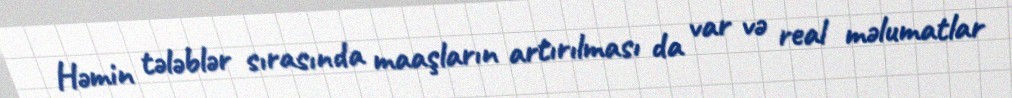
Həmin tələblər sırasında maaşların artırılması da var və real məlumatlar